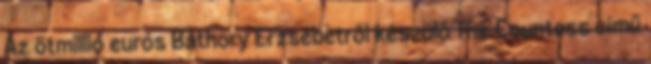
Az ötmillió eurós Báthory Erzsébetről készülő The Countess című